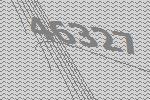
46327